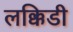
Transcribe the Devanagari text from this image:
लक्किडी